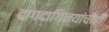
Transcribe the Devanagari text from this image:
दागदागिन्यांचीही